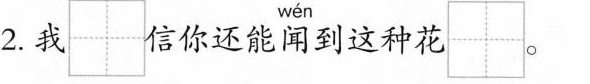
2.我 信你还能闻到这种花。